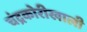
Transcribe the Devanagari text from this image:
चंद्रकोरीखाली